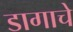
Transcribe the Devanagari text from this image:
डागाचे